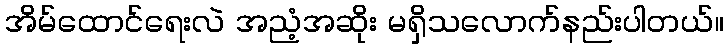
အိမ်ထောင်ရေးလဲ အညံ့အဆိုး မရှိသလောက်နည်းပါတယ်။